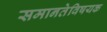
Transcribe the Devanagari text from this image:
समानतेविषयक